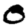
Digit: 0